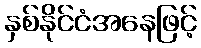
နှစ်နိုင်ငံအနေဖြင့်